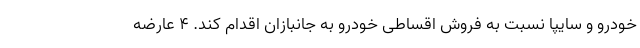
خودرو و سایپا نسبت به فروش اقساطی خودرو به جانبازان اقدام کند. ۴ عارضه